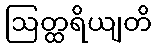
ဩတ္ထရိယျတိ